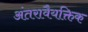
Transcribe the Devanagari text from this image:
अंतरावैयक्तिक